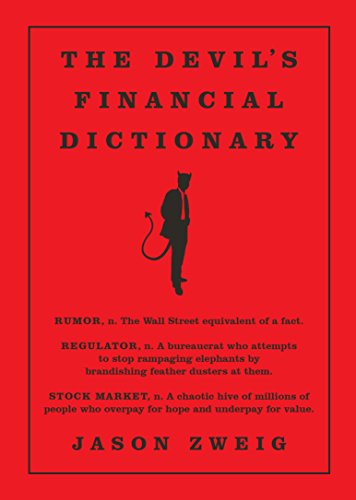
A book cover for The Devil's Financial Dictionary; Jason Zweig; Humor & Entertainment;